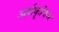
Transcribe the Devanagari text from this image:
अर्धकृत्रिम